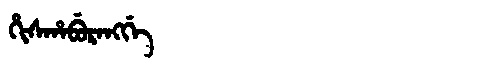
Manchu: ᡥᡳᠰᡥᠠᠪᡠᡵᠠᠩᡤᡝ
Romanization: HISHABURANGGE